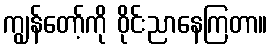
ကျွန်တော့်ကို ဝိုင်းညာနေကြတာ။